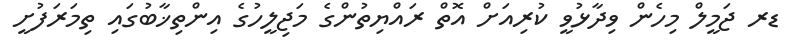
ޑރ ޖަމީލް މިހެން ވިދާޅުވީ ކުރިއަށް އޮތް ރައްޔިތުންގެ މަޖިލީހުގެ އިންތިޚާބުގައި ތިމަރަފުށީ